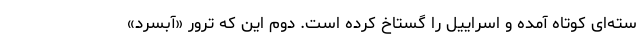
سته‌ای کوتاه آمده و اسراییل را گستاخ کرده است. دوم این که ترور «آبسرد»